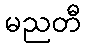
မညတီ